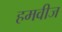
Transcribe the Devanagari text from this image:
हमवीज